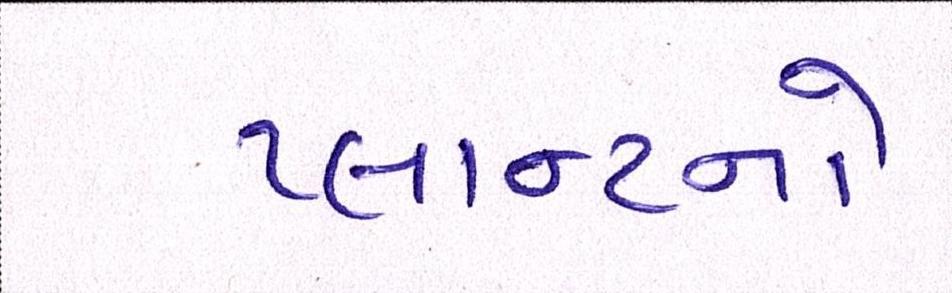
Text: પ્લાન્ટનો